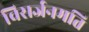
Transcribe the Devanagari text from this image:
विसर्जनमति